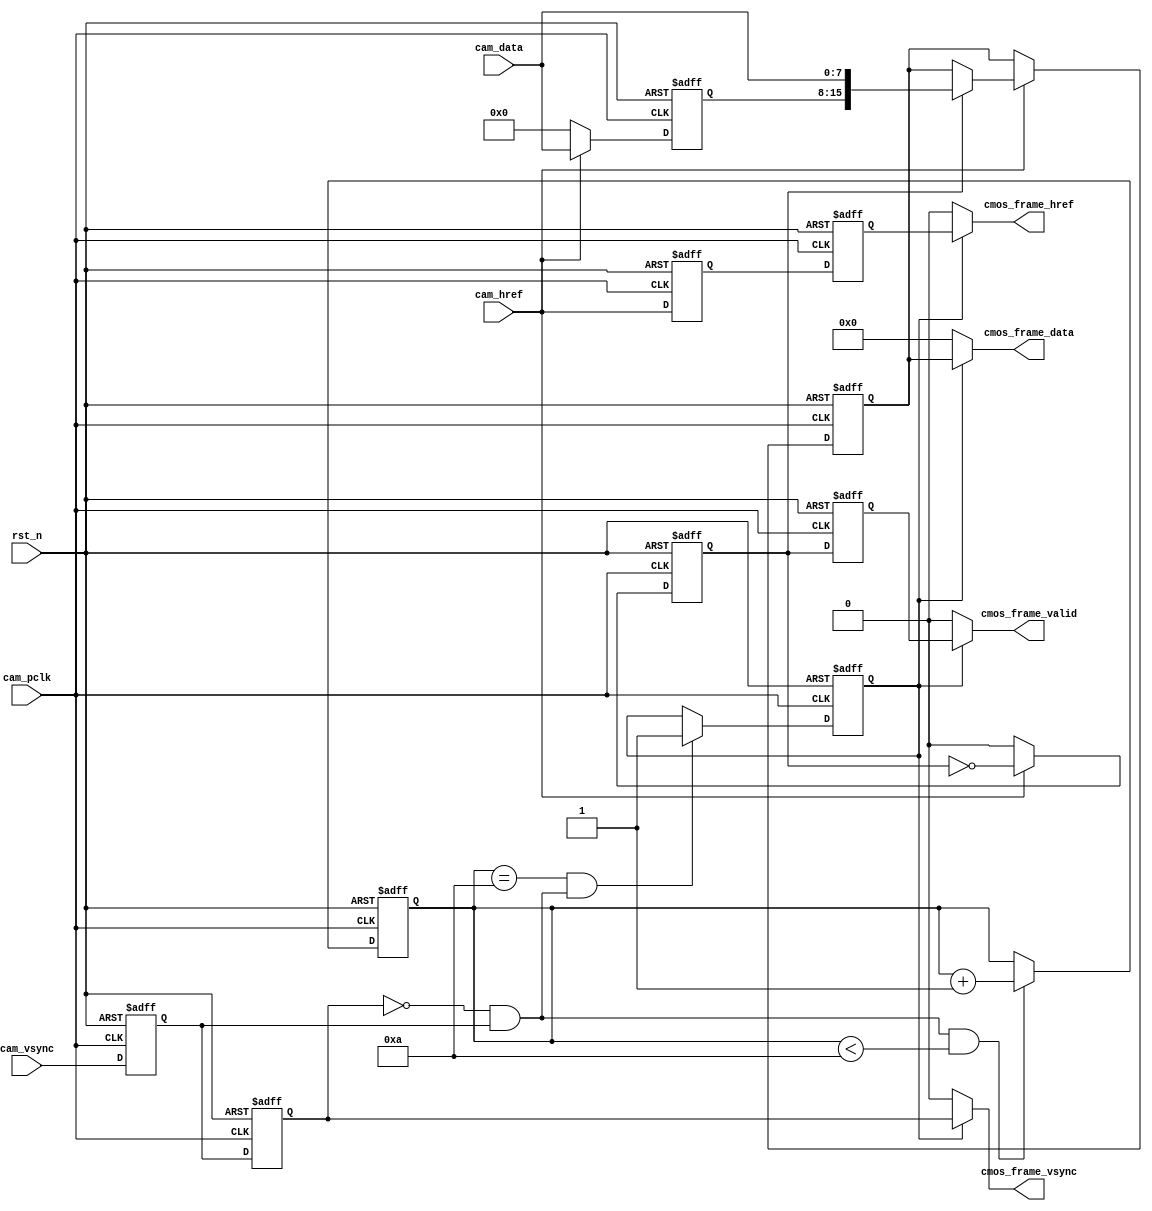
// *********************************************************************************
// : cmos_capture_data.v   
// : 
// : 2021.3.18
// : 17hhliang3@stu.edu.cn
// --------------------------------------------------------------------------------- 
// : cmos_capture_data
// : V0.0
// --------------------------------------------------------------------------------- 
// : 1)CMOS
// 
// --------------------------------------------------------------------------------- 
// :     
//    
// ---------------------------------------------------------------------------------
// : 	 
//
// ---------------------------------------------------------------------------------
// *********************************************************************************


// ---------------------------------------------------------------------------------
//  Include File
// --------------------------------------------------------------------------------- 

// ---------------------------------------------------------------------------------
//  Simulation Timescale
// ---------------------------------------------------------------------------------

// ---------------------------------------------------------------------------------
//  Constant Parameters
// ---------------------------------------------------------------------------------

// ---------------------------------------------------------------------------------
//  Module Define
// --------------------------------------------------------------------------------- 
module cmos_capture_data
(
    // clock & reset
	input 			    rst_n,  		        //, 

    // 
    input               cam_pclk,               //CMOS
    input               cam_vsync,              //CMOS
    input               cam_href,               //CMOS
    input      [ 7 : 0] cam_data,               //CMOS
    
    // 
    output              cmos_frame_vsync,       //CMOS
    output              cmos_frame_href,        //CMOS
    output              cmos_frame_valid,       //CMOS
    output     [15 : 0] cmos_frame_data         //CMOS
);

// ---------------------------------------------------------------------------------
//  Local Constant Parameters
// ---------------------------------------------------------------------------------
    //, 10
    //
    localparam WAIT_FRAME = 4'd10;              //

// ---------------------------------------------------------------------------------
//  Module_Variables
// --------------------------------------------------------------------------------- 
    reg                 cam_vsync_d0;           //CMOS
    reg                 cam_vsync_d1;           //CMOS
    reg                 cam_href_d0;            //CMOS
    reg                 cam_href_d1;            //CMOS
    reg                 frame_val_flag;         //
    reg        [ 3 : 0] cmos_ps_cnt;            //

    reg                 byte_flag;              //816
    reg                 byte_flag_d0;           //816
    reg        [ 7 : 0] cam_data_d0;            //CMOS
    reg        [15 : 0] cmos_data_8_16_t;       //816
    
    wire                pos_vsync;              //
    
// ---------------------------------------------------------------------------------
//  Continuous Assignments
// --------------------------------------------------------------------------------- 
    //
    assign pos_vsync = (~cam_vsync_d1) & (cam_vsync_d0);
    
    //
    assign cmos_frame_vsync = frame_val_flag? cam_vsync_d1 : 1'b0;
    //
    assign cmos_frame_href  = frame_val_flag? cam_href_d1  : 1'b0;
    //
    assign cmos_frame_valid = frame_val_flag? byte_flag_d0 : 1'b0;
    //
    assign cmos_frame_data  = frame_val_flag? cmos_data_8_16_t : 16'd0; 
    
// ---------------------------------------------------------------------------------
//  Clocked Assignments
// ---------------------------------------------------------------------------------
    //
    always @(posedge cam_pclk or negedge rst_n)
    begin
        if(!rst_n)
        begin
            cam_vsync_d0 <= 1'b0;
            cam_vsync_d1 <= 1'b0;
            cam_href_d0  <= 1'b0;
            cam_href_d1  <= 1'b0;
        end
        else
        begin
            cam_vsync_d0 <= cam_vsync;
            cam_vsync_d1 <= cam_vsync_d0;
            cam_href_d0  <= cam_href;
            cam_href_d1  <= cam_href_d0;
        end
    end
    
    //
    always @(posedge cam_pclk or negedge rst_n)
    begin
        if(!rst_n)
        begin
            cmos_ps_cnt <= 4'd0;
        end
        else if(pos_vsync && (cmos_ps_cnt < WAIT_FRAME))
        begin
            cmos_ps_cnt <= cmos_ps_cnt + 4'd1;
        end
        else
        begin
            cmos_ps_cnt <= cmos_ps_cnt;
        end
    end    
    
    //
    always @(posedge cam_pclk or negedge rst_n)
    begin
        if(!rst_n)
        begin
            frame_val_flag <= 1'b0;
        end
        else if((cmos_ps_cnt == WAIT_FRAME) && pos_vsync)
        begin
            frame_val_flag <= 1'b1;
        end
        else
        begin
            frame_val_flag <= frame_val_flag;
        end
    end    
    
    //816RGB565
    always @(posedge cam_pclk or negedge rst_n)
    begin
        if(!rst_n)
        begin
            cmos_data_8_16_t <= 16'd0;
            cam_data_d0 <= 8'd0;
            byte_flag <= 1'b0;
        end
        else if(cam_href)
        begin
            byte_flag <= ~byte_flag;
            cam_data_d0 <= cam_data;
            if(byte_flag)
            begin
                cmos_data_8_16_t <= {cam_data_d0, cam_data};
            end
            else
            begin
                cmos_data_8_16_t <= cmos_data_8_16_t;
            end
        end
        else
        begin
            byte_flag <= 1'b0;
            cam_data_d0 <= 8'd0;
            cmos_data_8_16_t <= cmos_data_8_16_t;
        end
    end    
    
    //(cmos_frame_valid)
    always @(posedge cam_pclk or negedge rst_n)
    begin
        if(!rst_n)
        begin
            byte_flag_d0 <= 1'b0;
        end
        else
        begin
            byte_flag_d0 <= byte_flag;
        end
    end
    
// ---------------------------------------------------------------------------------
//  Moudle Instantiate
// ---------------------------------------------------------------------------------


// ---------------------------------------------------------------------------------
//  Called Tasks
// ---------------------------------------------------------------------------------
    
	
// ---------------------------------------------------------------------------------
//  Called Functions
// ---------------------------------------------------------------------------------

    
endmodule